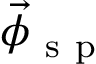
\vec { \phi } _ { \mathrm { ~ s ~ p ~ } }